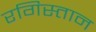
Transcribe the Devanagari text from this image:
रगिस्तान